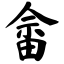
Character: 畲